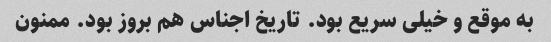
به موقع و خیلی سریع بود. تاریخ اجناس هم بروز بود. ممنون